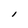
Character: I